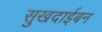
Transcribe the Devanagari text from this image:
सुखदाईबन